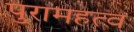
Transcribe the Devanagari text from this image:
पुरामहत्व